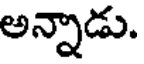
అన్నాడు.